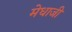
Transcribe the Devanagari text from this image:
मेधाजी